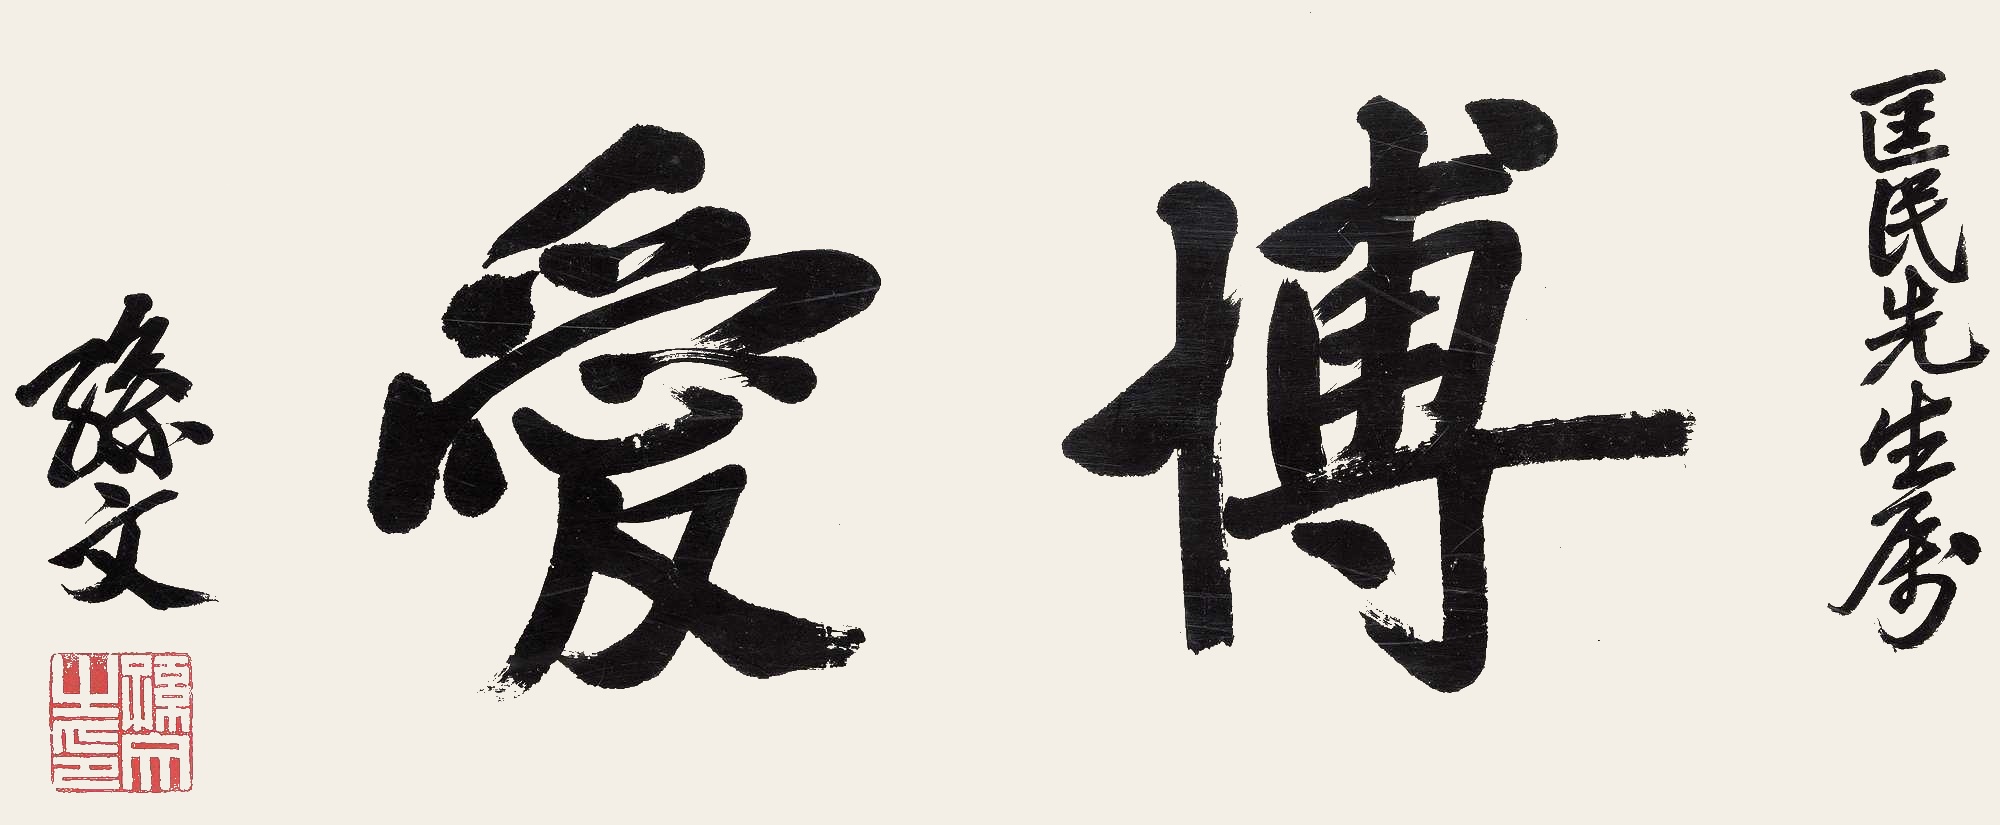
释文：博爱，匡民先生属，孙文。